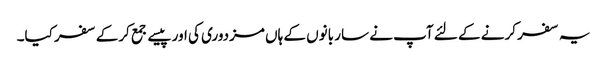
یہ سفر کرنے کے لئے آپ نے سار بانوں کے ہاں مزدوری کی اور پیسے جمع کرکے سفر کیا۔